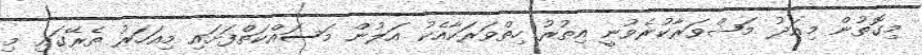
މިގޮތުން މިއަދު މަޝްވަރާކުރެވުނީ އިތުރު ހިތްވަރަކާއެކު އަލުން މަސައްކަތްފަށައި މިއަހަރު ތެރޭގައި މި